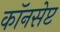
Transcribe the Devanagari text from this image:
कॉनसेप्ट